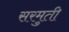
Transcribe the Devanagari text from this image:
सरमुती